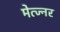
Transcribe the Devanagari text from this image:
मेत्ज्नर